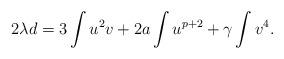
LaTeX: \begin{align*}2\lambda d=3\int u^2v+2a\int u^{p+2}+\gamma \int v^4.\end{align*}